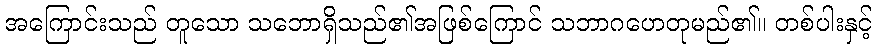
အကြောင်းသည် တူသော သဘောရှိသည်၏အဖြစ်ကြောင် သဘာဂဟေတုမည်၏။ တစ်ပါးနှင့်